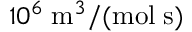
1 0 ^ { 6 } \; \mathrm { m } ^ { 3 } / ( \mathrm { m o l } \; \mathrm { s } )